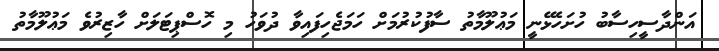
އަންދާސީހިސާބު ހުށަހެޅޭނީ މަޢުލޫމާތު ސާފުކުރުމަށް ހަމަޖެހިފައިވާ ދުވަހު މި ހޮސްޕިޓަލަށް ހާޒިރުވެ މަޢުލޫމާތު